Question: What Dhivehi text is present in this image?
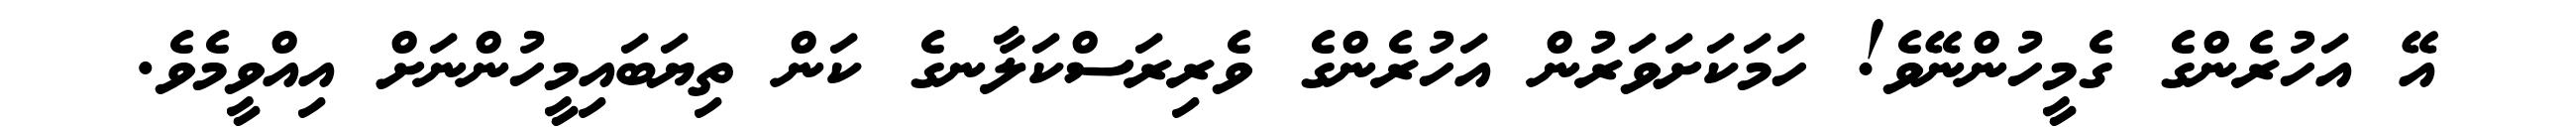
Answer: އޭ އަހުރެންގެ ގެމީހުންނޭވެ! ހަމަކަށަވަރުން އަހުރެންގެ ވެރިރަސްކަލާނގެ ކަން ތިޔަބައިމީހުންނަށް އިއްވީމެވެ.